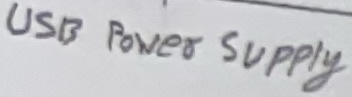
Text: USB Power Supply